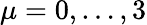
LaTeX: \mu=0,\ldots,3